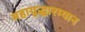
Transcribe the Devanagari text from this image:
महायुद्धारम्यान